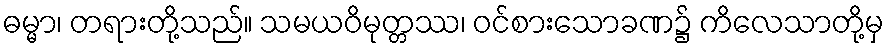
ဓမ္မာ၊ တရားတို့သည်။ သမယဝိမုတ္တဿ၊ ဝင်စားသောခဏ၌ ကိလေသာတို့မှ